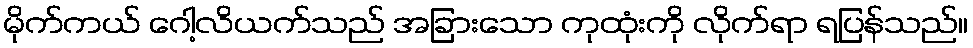
မိုက်ကယ် ဂေါ့လိယက်သည် အခြားသော ကုထုံးကို လိုက်ရာ ရပြန်သည်။